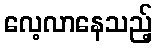
လေ့လာနေသည့်